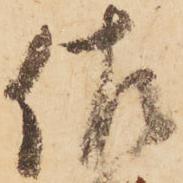
佐